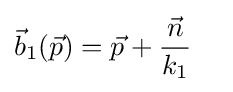
{\vec {b}}_{1}({\vec {p}})={\vec {p}}+{\frac {\vec {n}}{k_{1}}}\quad